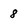
Character: 8